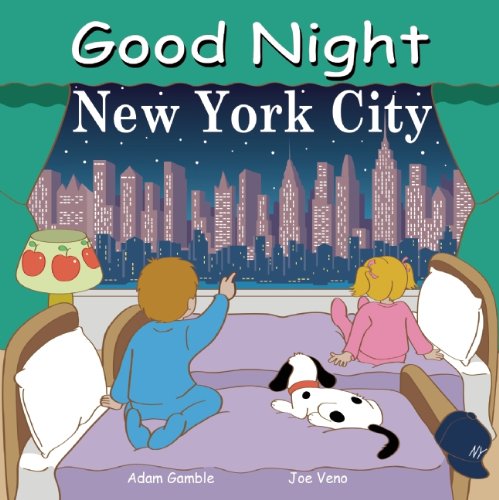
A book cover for Good Night New York City (Good Night Our World); Adam Gamble; Children's Books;